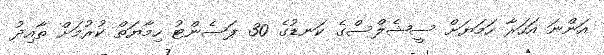
އަންނަ އަހަރާ ހަމަޔަށް ސީޝެލްސްގެ ކަނޑުގެ 30 ޕަސެންޓު ހިމާޔަތް ކުރުމަށް ތާއިދު